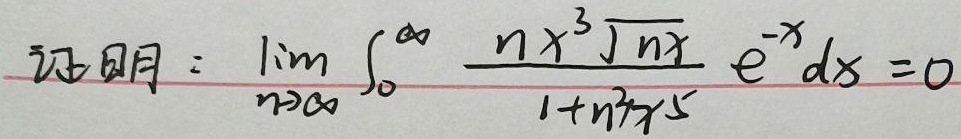
证明：\[ \lim_{n \to \infty}\int_{0}^{\infty} \frac{nx^{3}\sqrt{nx}}{1 + n^{2}x^{5}}e^{-x}dx = 0\]